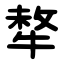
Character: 㹈